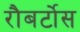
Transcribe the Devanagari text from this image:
रौबर्टोस